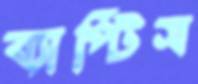
ব্যাপ্টিস